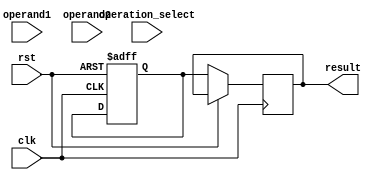
module half_precision_fpu (
    input [15:0] operand1,
    input [15:0] operand2,
    input [2:0] operation_select,
    input clk,
    input rst,
    output reg [15:0] result
);

reg [15:0] input_reg1, input_reg2;
reg [15:0] output_reg;
reg [15:0] alu_result;
reg [15:0] rounded_result;

always @(posedge clk or posedge rst) begin
    if (rst) begin
        input_reg1 <= 16'b0;
        input_reg2 <= 16'b0;
        output_reg <= 16'b0;
        alu_result <= 16'b0;
        rounded_result <= 16'b0;
    end
    else begin
        input_reg1 <= operand1;
        input_reg2 <= operand2;
        
        case(operation_select)
            3'b000: alu_result <= input_reg1 + input_reg2; // Addition
            3'b001: alu_result <= input_reg1 - input_reg2; // Subtraction
            3'b010: alu_result <= input_reg1 * input_reg2; // Multiplication
            3'b011: alu_result <= input_reg1 / input_reg2; // Division
            default: alu_result <= 16'b0;
        endcase
        
        if (alu_result[15] == 1 && alu_result[14:11] == 4'b1000) begin
            // Handle overflow
        end
        if (alu_result[15] == 0 && alu_result[14:11] == 4'b0000) begin
            // Handle underflow
        end
        if (alu_result[15] == 1 && alu_result[14:11] == 4'b1111) begin
            // Handle NaN
        end
        
        output_reg <= alu_result;
        
        // Optional rounding logic here
        
        result <= rounded_result;
    end
end

endmodule